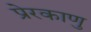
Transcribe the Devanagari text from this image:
प्रेरकाणु